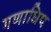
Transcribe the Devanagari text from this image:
गणाधिप